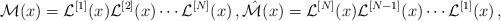
LaTeX: \begin{align*} \mathcal{M}(x)=\mathcal{L}^{[1]}(x)\mathcal{L}^{[2]}(x)\cdots \mathcal{L}^{[N]}(x)\,, \hat{\mathcal{M}}(x)=\mathcal{L}^{[N]}(x)\mathcal{L}^{[N-1]}(x)\cdots \mathcal{L}^{[1]}(x)\,,\end{align*}